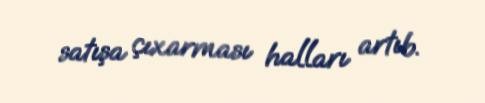
satışa çıxarması halları artıb.